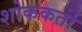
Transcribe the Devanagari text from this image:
शोककर्ता